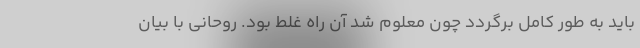
باید به طور کامل برگردد چون معلوم شد آن راه غلط بود. روحانی با بیان